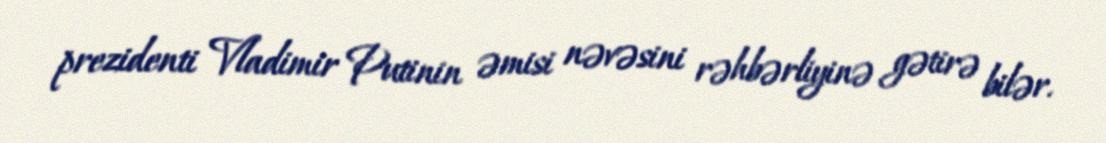
prezidenti Vladimir Putinin əmisi nəvəsini rəhbərliyinə gətirə bilər.